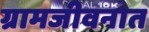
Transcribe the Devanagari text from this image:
ग्रामजीवनात